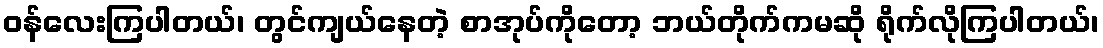
ဝန်လေးကြပါတယ်၊ တွင်ကျယ်နေတဲ့ စာအုပ်ကိုတော့ ဘယ်တိုက်ကမဆို ရိုက်လိုကြပါတယ်၊